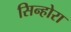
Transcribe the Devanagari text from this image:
सिन्होरा